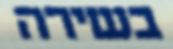
בשירה